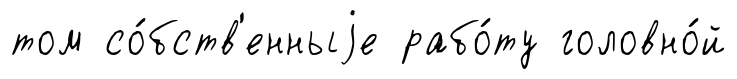
том со́бств'енныjе рабо́ту головно́й